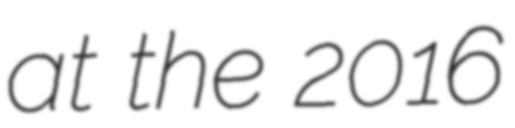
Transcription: at the 2016